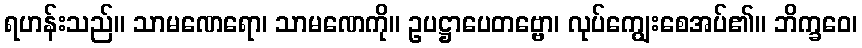
ရဟန်းသည်။ သာမဏေရော၊ သာမဏေကို။ ဥပဋ္ဌာပေတဗ္ဗော၊ လုပ်ကျွေးစေအပ်၏။ ဘိက္ခဝေ၊